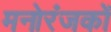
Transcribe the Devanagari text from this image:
मनोरंजकों